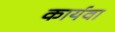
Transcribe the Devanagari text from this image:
कार्यवा